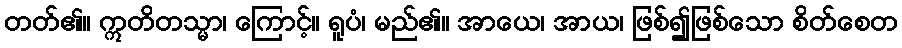
တတ်၏။ ဣတိတသ္မာ၊ ကြောင့်။ ရူပံ၊ မည်၏။ အာယေ၊ အာယ၊ ဖြစ်၍ဖြစ်သော စိတ်စေတ